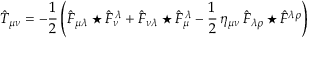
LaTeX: \hat { T } _ { \mu \nu } = - \frac { 1 } { 2 } \left( \hat { F } _ { \mu \lambda } \star \hat { F } _ { \nu } ^ { \, \lambda } + \hat { F } _ { \nu \lambda } \star \hat { F } _ { \mu } ^ { \, \lambda } - \frac { 1 } { 2 } \, \eta _ { \mu \nu } \, \hat { F } _ { \lambda \rho } \star \hat { F } ^ { \lambda \rho } \right)